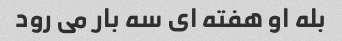
بله او هفته ای سه بار می رود